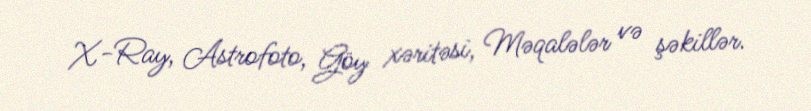
X-Ray, Astrofoto, Göy xəritəsi, Məqalələr və şəkillər.